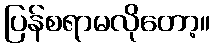
ပြန်စရာမလိုတော့။